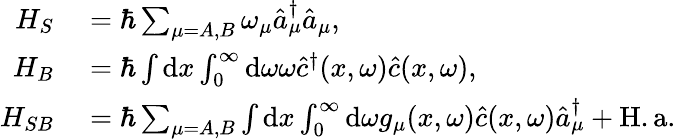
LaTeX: \begin{array}{rl}{H_{S}}&{{}=\hbar\sum_{\mu=A,B}\omega_{\mu}\hat{a}_{\mu}^{\dagger}\hat{a}_{\mu},}\\ {H_{B}}&{{}=\hbar\int\mathrm{d}x\int_{0}^{\infty}\mathrm{d}\omega\omega\hat{c}^{\dagger}(x,\omega)\hat{c}(x,\omega),}\\ {H_{SB}}&{{}=\hbar\sum_{\mu=A,B}\int\mathrm{d}x\int_{0}^{\infty}\mathrm{d}\omega g_{\mu}(x,\omega)\hat{c}(x,\omega)\hat{a}_{\mu}^{\dagger}+\mathrm{H.a.}}\end{array}